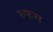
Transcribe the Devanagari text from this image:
रुफस